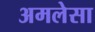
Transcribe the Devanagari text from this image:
अमलेसा